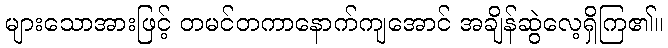
များသောအားဖြင့် တမင်တကာနောက်ကျအောင် အချိန်ဆွဲလေ့ရှိကြ၏။